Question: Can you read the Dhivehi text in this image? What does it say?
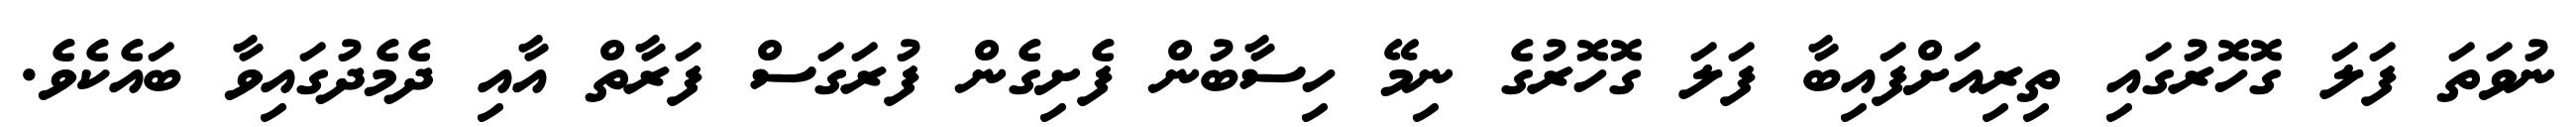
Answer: ނުވަތަ ފަލަ ގޮހޮރުގައި ތިރިއަށްފައިބާ ފަލަ ގޮހޮރުގެ ނިމޭ ހިސާބުން ފެށިގެން ފުރަގަސް ފަރާތް އާއި ދެމެދުގައިވާ ބައެކެވެ.